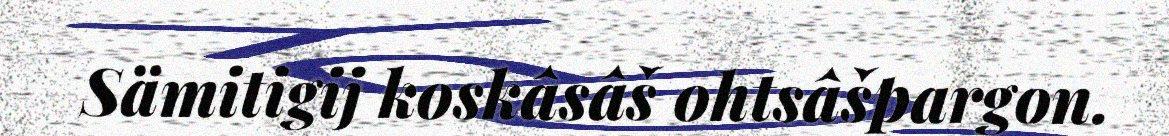
Sämitigij koskâsâš ohtsâšpargon.